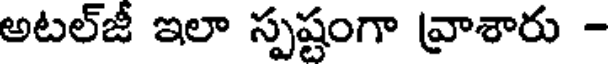
అటల్జీ ఇలా స్పష్టంగా వ్రాశారు -